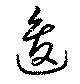
逡